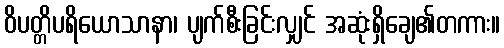
ဝိပတ္တိပရိယောသာနာ၊ ပျက်စီးခြင်းလျှင် အဆုံးရှိချေ၏တကား။